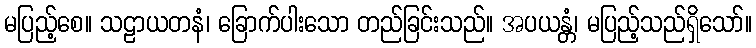
မပြည့်စေ။ သဠာယတနံ၊ ခြောက်ပါးသော တည်ခြင်းသည်။ အပယန္တံ၊ မပြည့်သည်ရှိသော်။